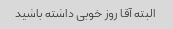
البته آقا روز خوبی داشته باشید